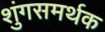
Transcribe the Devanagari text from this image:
शुंगसमर्थक